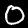
Digit: 0